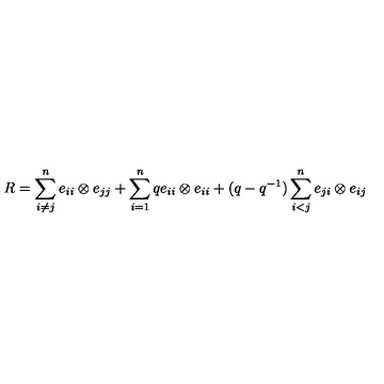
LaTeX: R = \sum _ { i \ne j } ^ { n } e _ { i i } \otimes e _ { j j } + \sum _ { i = 1 } ^ { n } q e _ { i i } \otimes e _ { i i } + ( q - q ^ { - 1 } ) \sum _ { i < j } ^ { n } e _ { j i } \otimes e _ { i j }